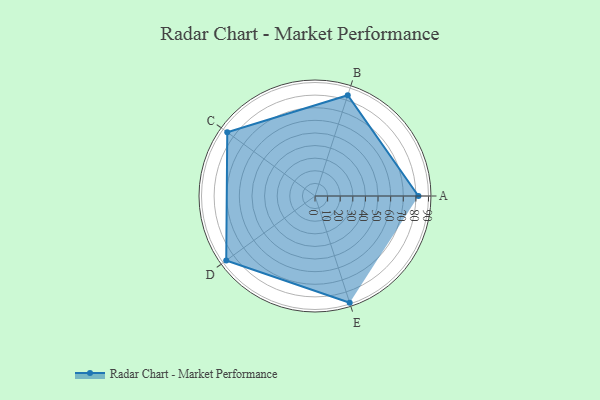
{"axis": {"x": "Skill", "y": "Score"}, "legend": ["Profile"], "data": [{"x": "A", "y": 82.0, "type": "Profile"}, {"x": "B", "y": 84.0, "type": "Profile"}, {"x": "C", "y": 86.0, "type": "Profile"}, {"x": "D", "y": 87.0, "type": "Profile"}, {"x": "E", "y": 89.0, "type": "Profile"}]}